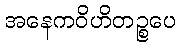
အနေကဝိဟိတဉ္စပေ